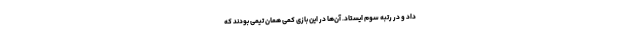
داد و در رتبه سوم ایستاد. آن‌ها در این بازی کمی همان تیمی بودند که